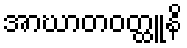
အာဃာတဝတ္ထူနိ